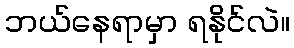
ဘယ်နေရာမှာ ရနိုင်လဲ။